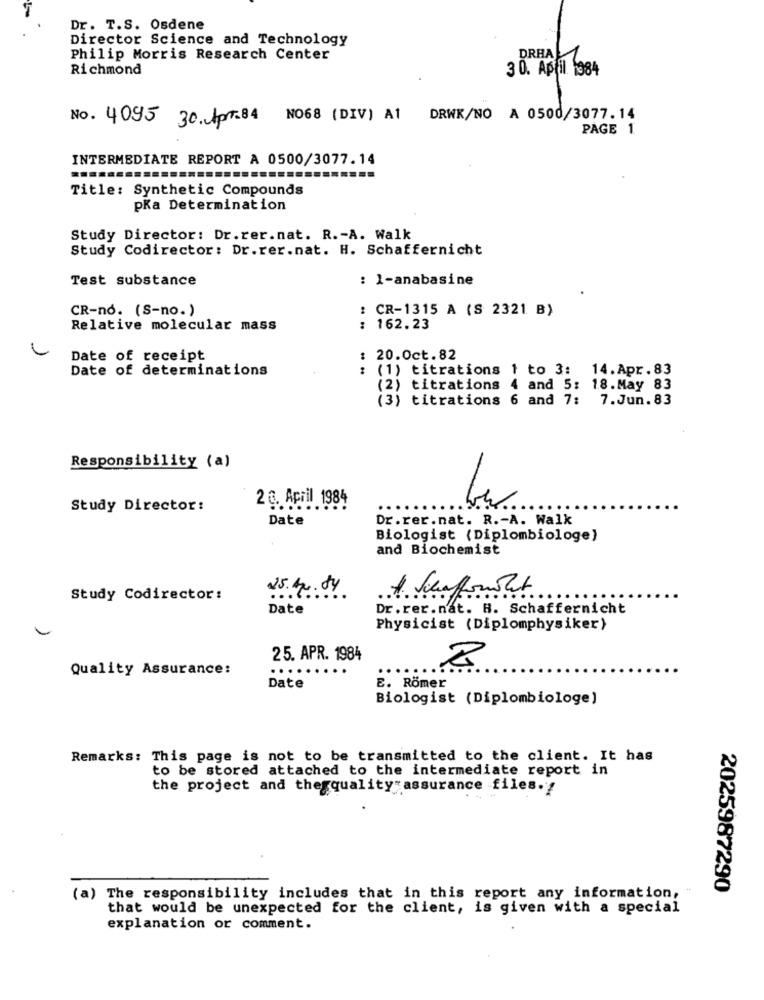
Dr. T.S. Osdene
Director Science and Technology
Philip Morris Research Center
DRHA
Richmond
30. April 1984
No. 4095 30.Apr.84 NO68 (DIV) A1 DRWK/NO A 0500/3077.14
PAGE 1
INTERMEDIATE REPORT A 0500/3077.14
Title: Synthetic Compounds
pka Determination
Study Director: Dr.rer.nat. R .- A. Walk
Study Codirector: Dr.rer.nat. H. Schaffernicht
Test substance
: 1-anabasine
CR-no. (S-no.)
: CR-1315 A (S 2321 B)
Relative molecular mass
: 162.23
Date of receipt
20.0ct.82
Date of determinations
: (1) titrations 1 to 3: 14.Apr.83
(2) titrations 4 and 5: 18.May 83
(3) titrations 6 and 7: 7.Jun.83
Responsibility (a)
2 g. April 1984
Study Director:
..
...
Date
Dr.rer.nat. R .- A. Walk
Biologist (Diplombiologe)
and Biochemist
25. 44. 04
Study Codirector:
Date
Dr.rer.nat. H. Schaffernicht
Physicist (Diplomphysiker)
25. APR. 1984
Quality Assurance:
...
Date
E. Römer
Biologist (Diplombiologe)
Remarks: This page is not to be transmitted to the client. It has
to be stored attached to the intermediate report in
the project and thegquality assurance files.
2025987290
(a) The responsibility includes that in this report any information,
that would be unexpected for the client, is given with a special
explanation or comment.